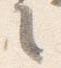
言